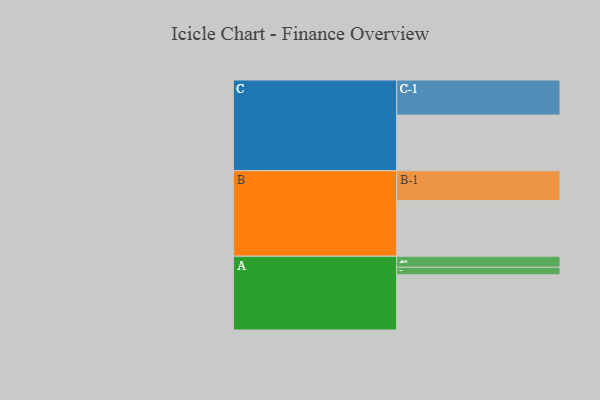
{"axis": {"x": "Segment", "y": "Value"}, "legend": ["", "A", "B", "C"], "data": [{"x": "A", "y": 450, "type": ""}, {"x": "B", "y": 453, "type": ""}, {"x": "C", "y": 453, "type": ""}, {"x": "A-1", "y": 90, "type": "A"}, {"x": "A-2", "y": 61, "type": "A"}, {"x": "B-1", "y": 244, "type": "B"}, {"x": "C-1", "y": 286, "type": "C"}]}